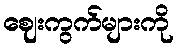
ဈေးကွက်များကို